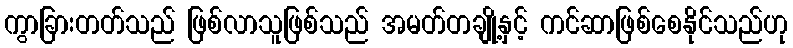
ကွာခြားတတ်သည် ဖြစ်လာသူဖြစ်သည် အမတ်တချို့နှင့် ကင်ဆာဖြစ်စေနိုင်သည်ဟု